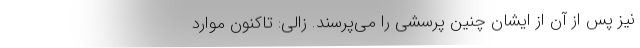
نیز پس از آن از ایشان چنین پرسشی را می‌پرسند. زالی: تاکنون موارد